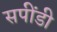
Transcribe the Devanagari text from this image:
सपींडी